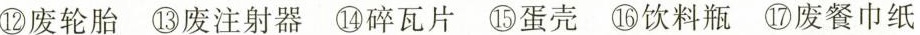
②废轮胎③废注射器碎瓦片蛋壳⑩饮料瓶⑩废餐巾纸